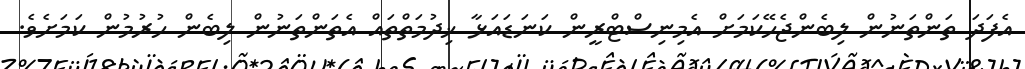
އެފަދަ ތަންތަނުން ލިބެންޖެހޭކަމަށް އެމިނިސްޓްރީން ކަނަޑައަޅާ ޚިދުމަތްތައް އެތަންތަނުން ލިބެން ހުރުމުން ކަމަށެވެ.